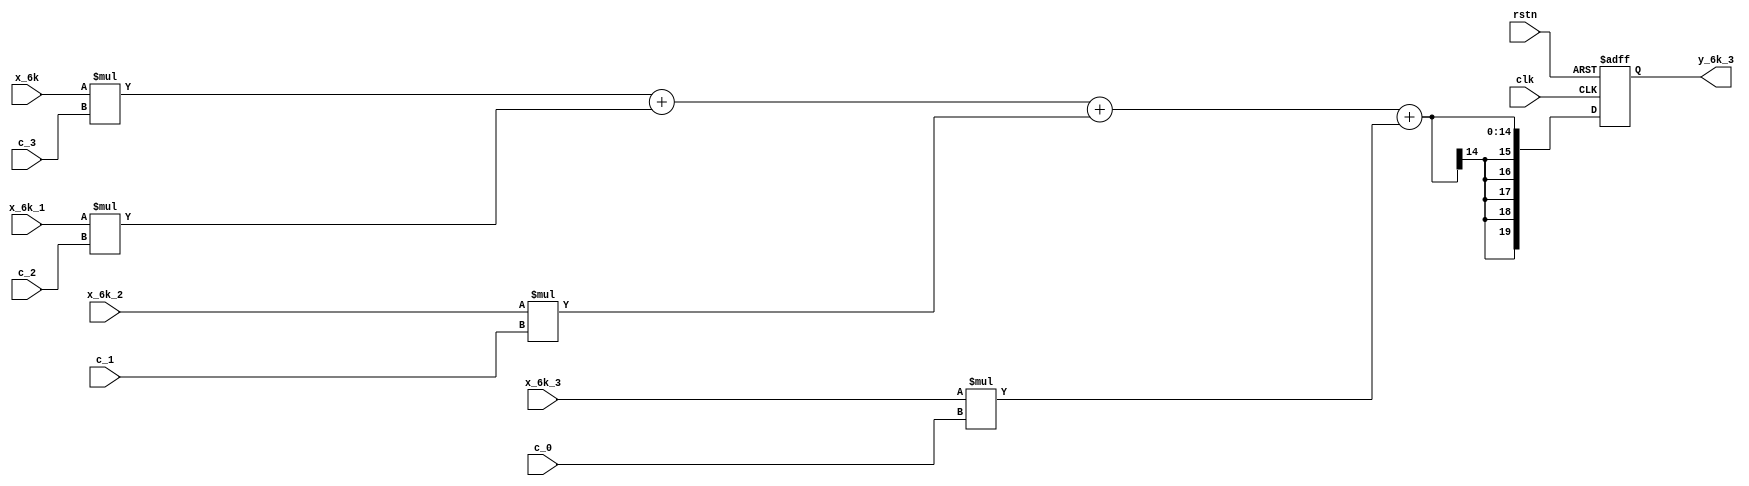
module y_6k_3 
#
( 
    parameter w_in = 7,//
    parameter y_out = 20,//
    parameter c_in = 5//
)
(
    input clk,
    input rstn,
    input  signed [w_in-1:0] x_6k,
    input  signed [w_in-1:0] x_6k_3,
    input  signed [w_in-1:0] x_6k_2,
    input  signed [w_in-1:0] x_6k_1,
    input  signed [c_in-1:0] c_0,
    input  signed [c_in-1:0] c_1,
    input  signed [c_in-1:0] c_2,
    input  signed [c_in-1:0] c_3,    
    output signed [y_out-1:0] y_6k_3
);
    parameter w_muti_y = 20;//
    parameter w_add_y = 25;//

    wire signed [w_muti_y-1:0] muti_3;
    wire signed [w_muti_y-1:0] muti_2;
    wire signed [w_muti_y-1:0] muti_1;
    wire signed [w_muti_y-1:0] muti_0;

    assign muti_3 = x_6k * c_3;
    assign muti_2 = x_6k_1 * c_2;
    assign muti_1 = x_6k_2 * c_1;
    assign muti_0 = x_6k_3 * c_0;

    // wire [y_out-1:0] add_0;
    // assign add_0 = muti_3 + muti_2 + muti_1 + muti_0;

    reg signed [y_out-1:0] add_0;
    always @(*) begin
        add_0 <= muti_3 + muti_2 + muti_1 + muti_0;
    end   
     
    reg signed [y_out-1:0] out_data; 
    always @(posedge clk or negedge rstn) begin
        if(rstn == 1'b0)
            out_data<= 0;
        else out_data <= add_0;
    end
    assign y_6k_3 = out_data;

endmodule //y_6k_3